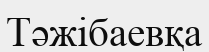
Тәжібаевқа